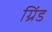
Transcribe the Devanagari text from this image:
ग्रिंड